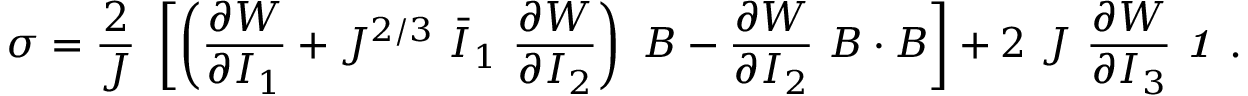
{ \boldsymbol { \sigma } } = { \frac { 2 } { J } } ~ \left[ \left( { \frac { \partial W } { \partial I _ { 1 } } } + J ^ { 2 / 3 } ~ { \bar { I } } _ { 1 } ~ { \frac { \partial W } { \partial I _ { 2 } } } \right) ~ { \boldsymbol { B } } - { \frac { \partial W } { \partial I _ { 2 } } } ~ { \boldsymbol { B } } \cdot { \boldsymbol { B } } \right] + 2 ~ J ~ { \frac { \partial W } { \partial I _ { 3 } } } ~ { \boldsymbol { \mathit { 1 } } } ~ .